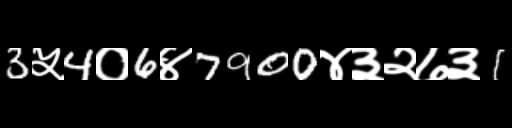
Text: 3५4०6४7900४३२७३1